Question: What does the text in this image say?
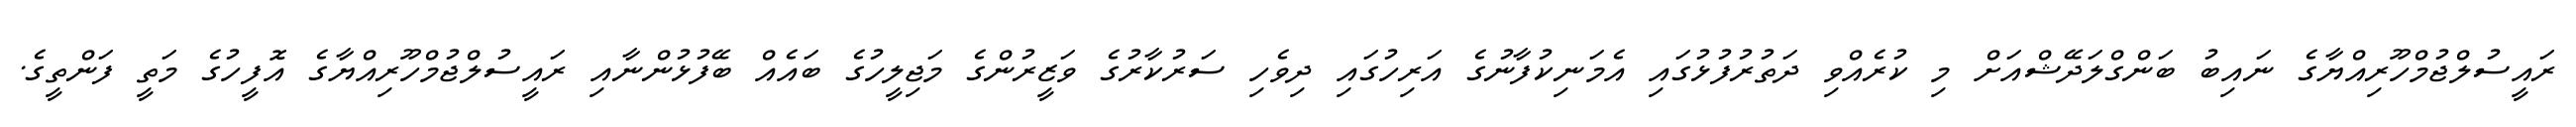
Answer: ރައީސުލްޖުމްހޫރިއްޔާގެ ނައިބު ބަންގްލަދޭޝްއަށް މި ކުރެއްވި ދަތުރުފުޅުގައި އެމަނިކުފާނުގެ އަރިހުގައި ދިވެހި ސަރުކާރުގެ ވަޒީރުންގެ މަޖިލީހުގެ ބައެއް ބޭފުޅުންނާއި ރައީސުލްޖުމްހޫރިއްޔާގެ އޮފީހުގެ މަތީ ފަންތީގެ.